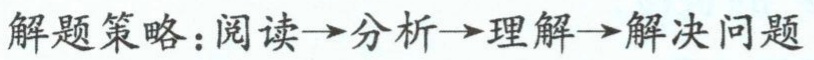
解题策略：阅读$\to$分析$\to$理解$\to$解决问题